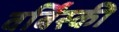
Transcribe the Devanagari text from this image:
वर्बिंस्की